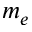
m _ { e }